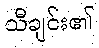
သီချင်း၏